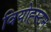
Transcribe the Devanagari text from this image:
वियोह्स्टन